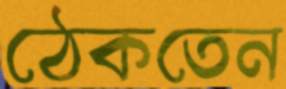
ঠেকতেন